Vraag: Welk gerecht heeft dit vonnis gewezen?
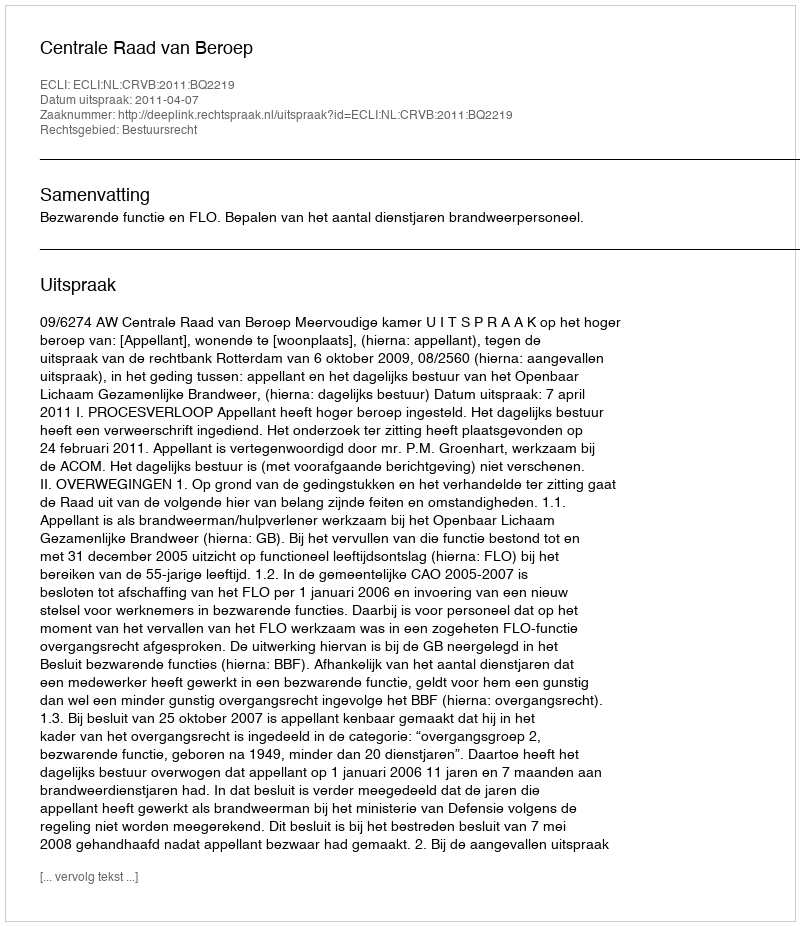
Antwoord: Centrale Raad van Beroep